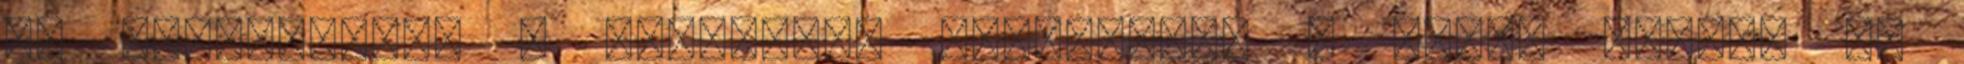
és kipattantam a kocsiból. Otthagytam a hotel előtt, és